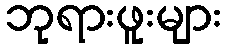
ဘုရားဖူးများ